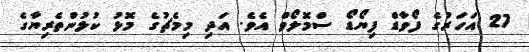
27 އަހަރުގެ ފޯވާޑް ފިޔޯޑޯ ސްމޮލޯވް އެވެ. އަދި މިމެޗުގެ މޮޅު ކުޅުންތެރިޔާގެ